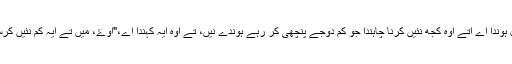
اک چام چِٹھ جدوں ہور پنچھیاں نال ہوندا اے اتے اوہ کجھ نئیں کرنا چاہندا جو کم دوجے پنچھی کر رہے ہوندے نیں، تے اوہ ایہ کہندا اے،"اوۓ، میں تے ایہ کم نئیں کرسکدا کیوں جے میرے تے دند نیں۔